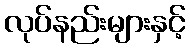
လုပ်နည်းများနှင့်